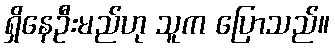
ရှိနေဦးမည်ဟု သူက ပြောသည်။